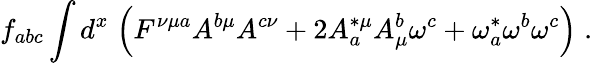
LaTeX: f_{abc}\int d^{x}\; \Big(F^{\nu\mu a}A^{b\mu}A^{c\nu}+2A_{a}^{*\mu}A_{\mu}^{b}\omega^{c}+\omega_{a}^{*}\omega^{b}\omega^{c}\Big)\; .